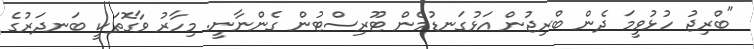
"ބްރިޖު ހުޅުވީމަ ދެން ބްރިޖުން އަޅުގަނޑުމެން ޓޫރިސްޓުން ގެންނާނީ. މިހާރު ވާގޮތަކީ ބަނދަރުގެ